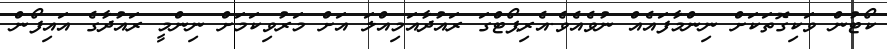
ކޯޓުން ވަކިގޮތަކަށް ނިންމާފައެއް ނުވެއެވެ.އެރިޕޯޓްގަ ރައުދާއަމިއްލަ އަށް މަރުވިކަމަށް ނިންމީ ރައުދާގެ އައިފޯން